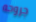
جروحه